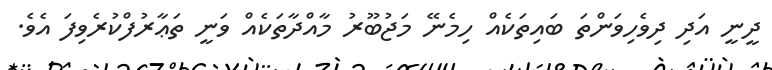
ދީނީ އަދި ދިވެހިވަންތަ ބައިތަކެއް ހިމެނޭ މަޖުބޫރު މާއްދާތަކެއް ވަނީ ތަޢާރުފްކުރެވިފަ އެވެ.